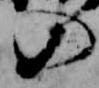
の